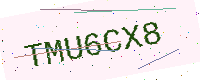
Text: TMU6CX8